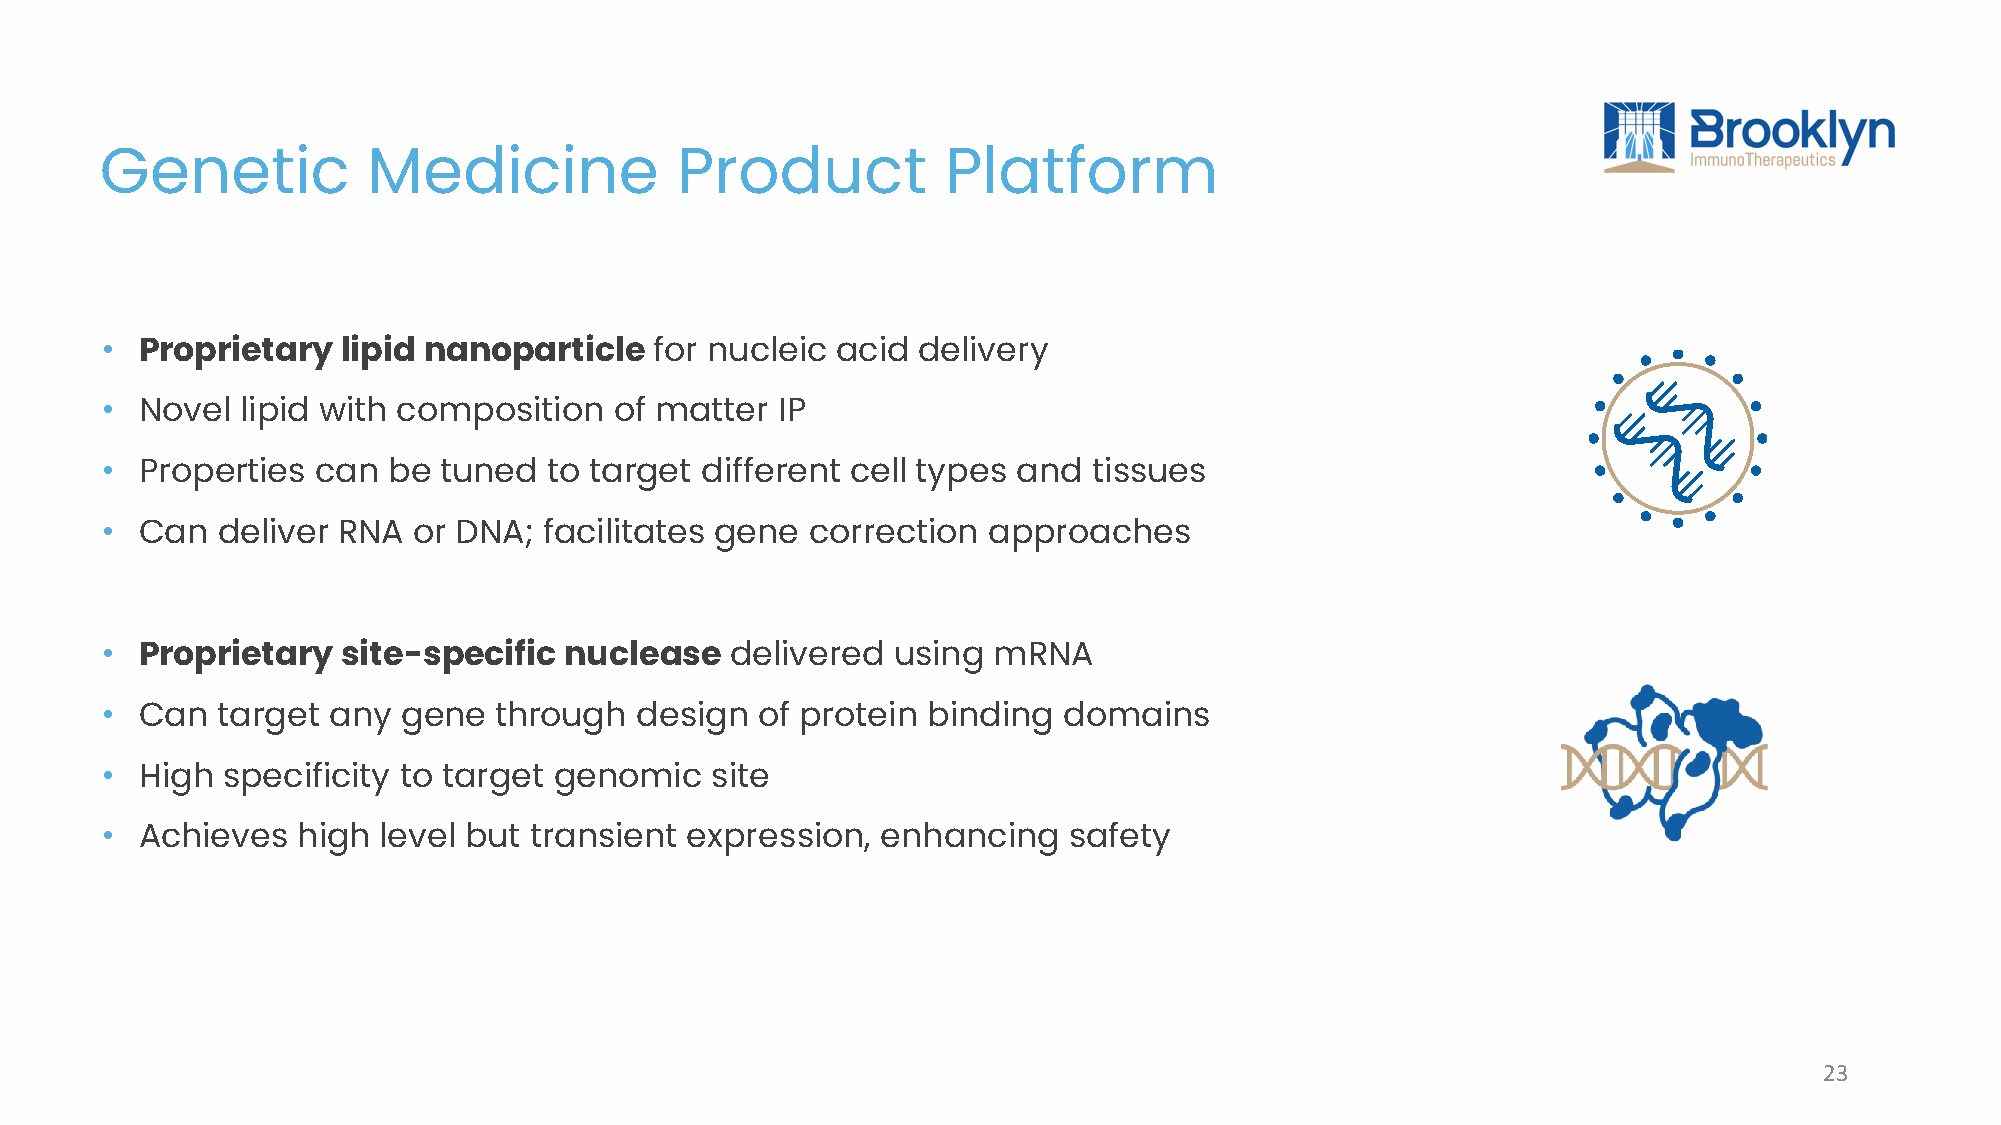
Genetic          Medicine             Product           Platform
 • Proprietary   lipid nanoparticle  for nucleic acid  delivery
 • Novel  lipid with composition   of matter  IP
 • Properties  can  be tuned  to target different cell types and  tissues
 • Can  deliver RNA  or DNA;  facilitates gene  correction approaches
 • Proprietary   site-specific nuclease   delivered  using  mRNA
 • Can  target  any  gene  through  design  of protein binding  domains
 • High  specificity to target genomic   site
 • Achieves   high level but transient expression,  enhancing    safety
 23